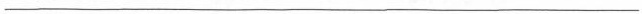
___